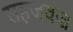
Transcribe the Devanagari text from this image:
सहजवज्र